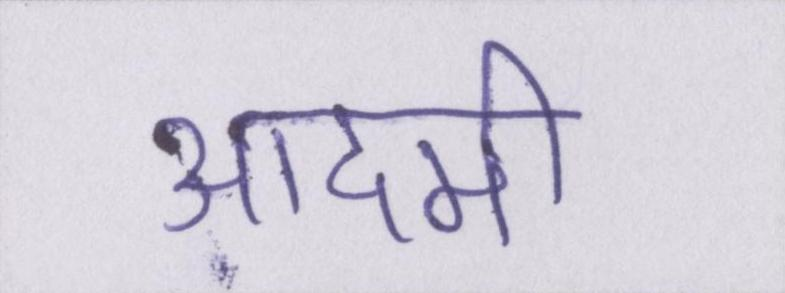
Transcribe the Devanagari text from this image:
आदमी